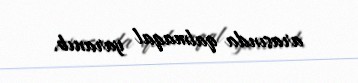
arasında qalmaqal yaranıb.